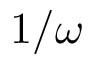
1 / \omega